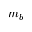
m _ { b }